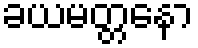
ခယမတ္တနော